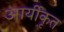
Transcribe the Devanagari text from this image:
आर्यीकृत